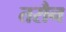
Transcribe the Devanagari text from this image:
तरौन